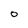
Character: 0